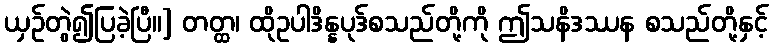
ယှဉ်တွဲ၍ပြခဲ့ပြီ။] တတ္ထ၊ ထိုဥပါဒိန္နပုဒ်စသည်တို့ကို ဤသနိဒဿန စသည်တို့နှင့်